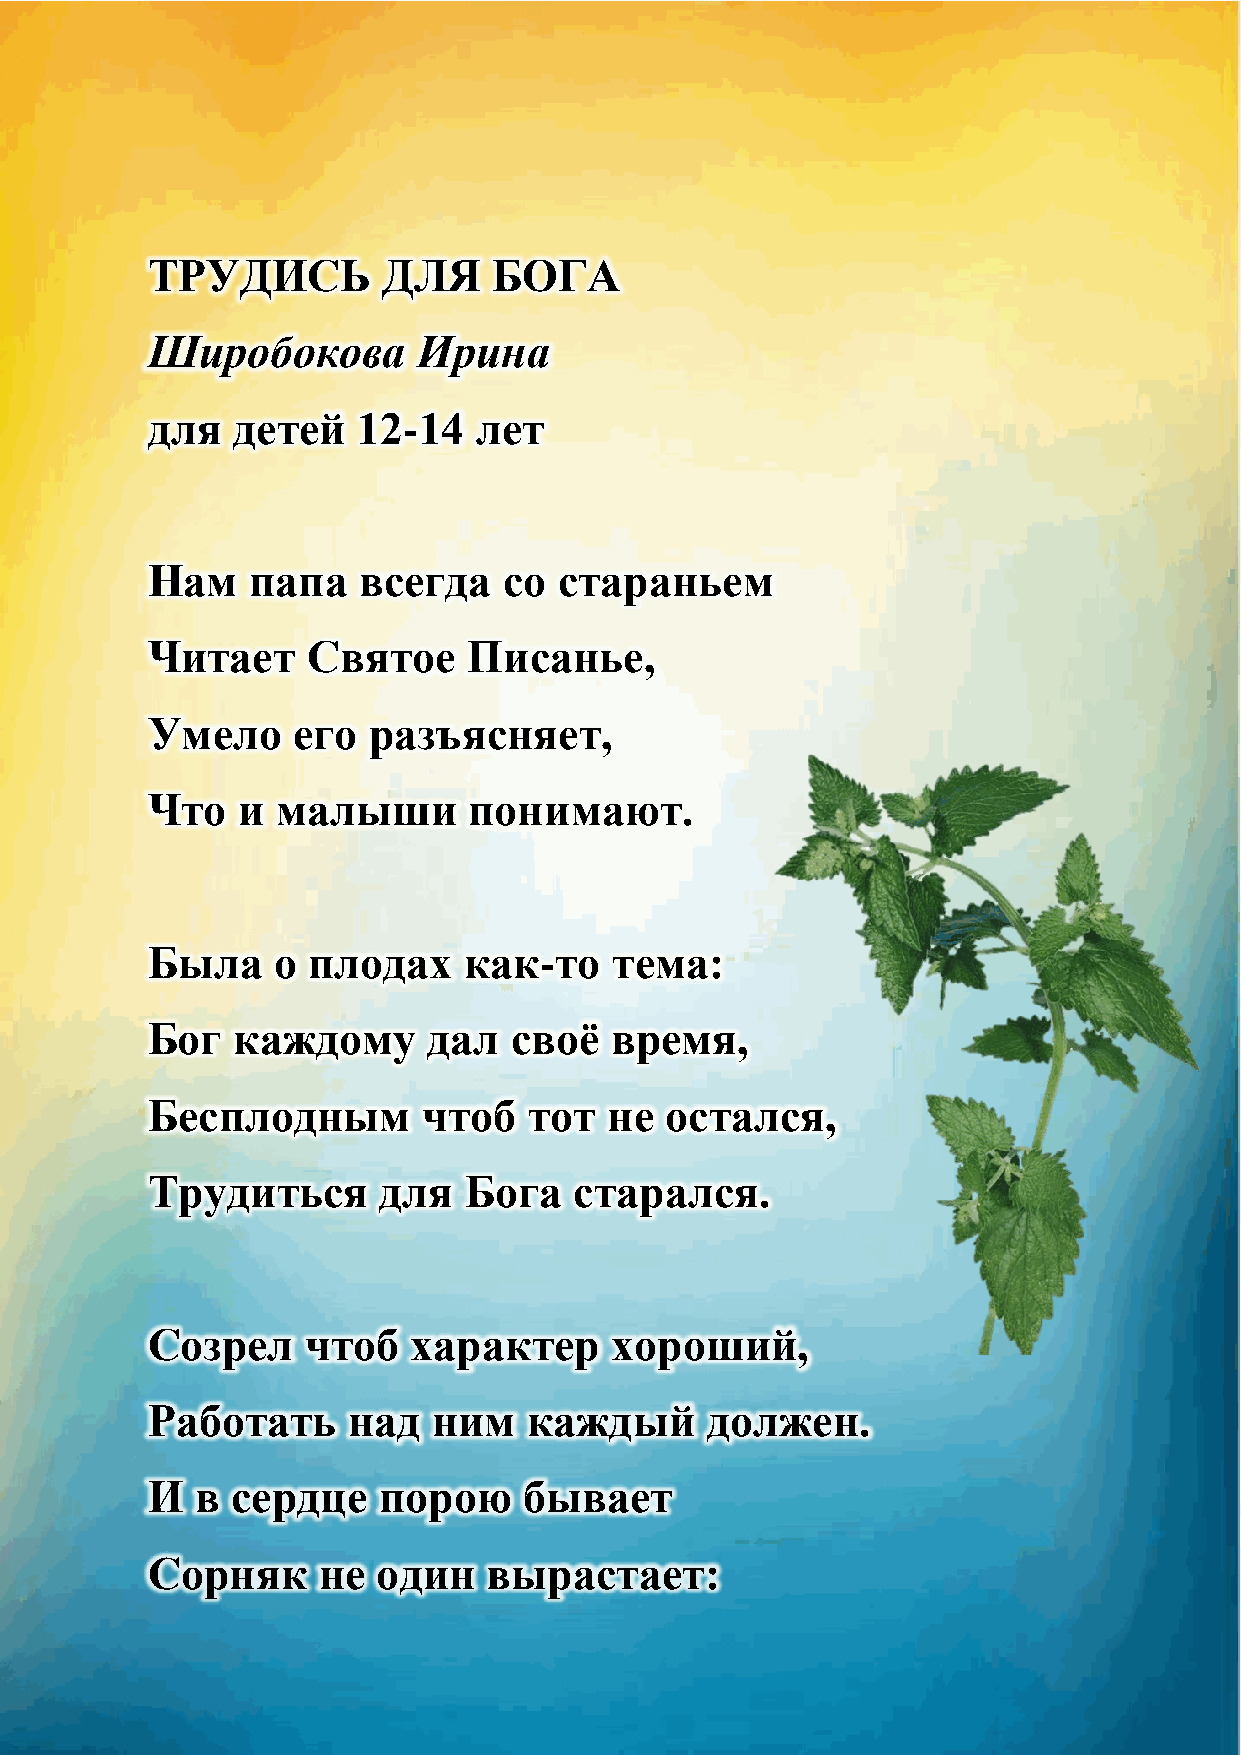
ТРУДИСЬ        ДЛЯ     БОГА
 Широбокова        Ирина
 для  детей    12-14  лет
 Нам   папа    всегда   со  стараньем
 Читает    Святое     Писанье,
 Умело    его  разъясняет,
 Что   и малыши       понимают.
 Была    о плодах     как-то    тема:
 Бог  каждому      дал   своѐ  время,
 Бесплодным        чтоб   тот  не  остался,
 Трудиться      для   Бога   старался.
 Созрел    чтоб   характер     хороший,
 Работать     над   ним   каждый      должен.
 И  в сердце    порою     бывает
 Сорняк     не  один   вырастает: